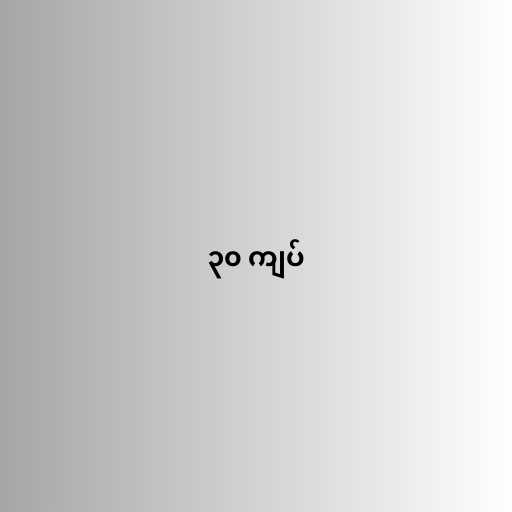
၃၀ ကျပ်